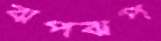
ঝপঝপ